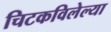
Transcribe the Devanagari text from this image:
चिटकविलेल्या